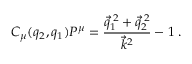
C _ { \mu } ( q _ { 2 } , q _ { 1 } ) { \cal P } ^ { \mu } = \frac { \vec { q } _ { 1 } ^ { \: 2 } + \vec { q } _ { 2 } ^ { \: 2 } } { \vec { k } ^ { 2 } } - 1 \; .